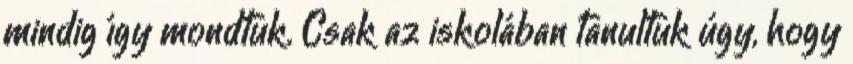
mindig így mondtuk. Csak az iskolában tanultuk úgy, hogy